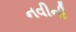
નવીની